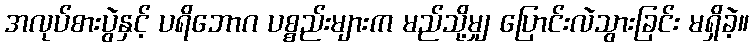
အလုပ်စားပွဲနှင့် ပရိဘောဂ ပစ္စည်းများက မည်သို့မျှ ပြောင်းလဲသွားခြင်း မရှိခဲ့။